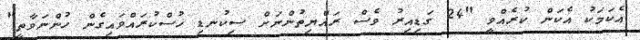
އެކަމަކު އެކަން ކުރެއްވީ "24 ގަޑިއިރު ވެސް ރައްޔިތުންނަށް ސިކުނޑި ހުސްކުރައްވައިގެން ހުންނަވާތީ"